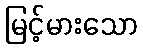
မြင့်မားသော